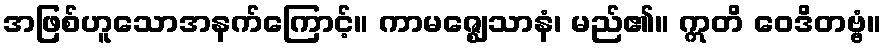
အဖြစ်ဟူသောအနက်ကြောင့်။ ကာမဇ္ဈေသာနံ၊ မည်၏။ ဣတိ ဝေဒိတဗ္ဗံ။